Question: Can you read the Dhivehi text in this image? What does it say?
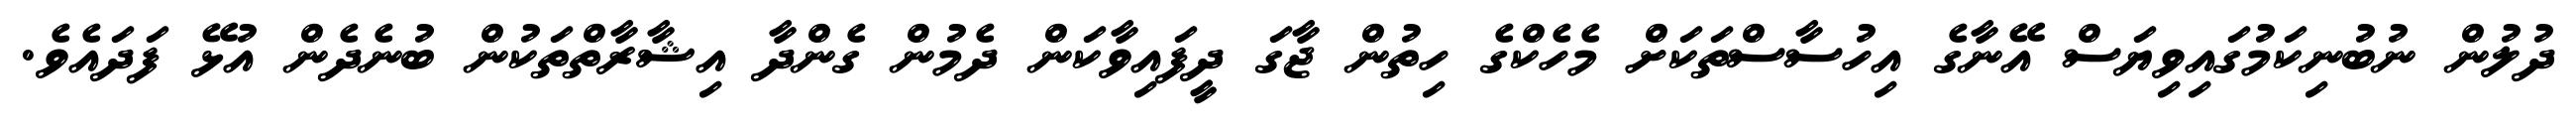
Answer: ދުލުން ނުބުނިކަމުގައިވިޔަސް އޭނާގެ އިހުސާސްތަކަށް މެހެކްގެ ހިތުން ޖާގަ ދީފައިވާކަން ދެމުން ގެންދާ އިޝާރާތްތަކުން ބުނެދެން އުޅޭ ފަދައެވެ.